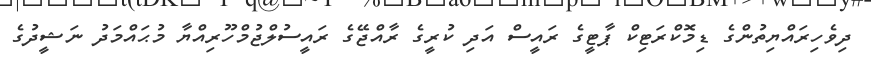
ދިވެހިރައްޔިތުންގެ ޑިމޮކްރަޓިކް ޕާޓީގެ ރައީސް އަދި ކުރީގެ ރާއްޖޭގެ ރައީސުލްޖުމްހޫރިއްޔާ މުޙައްމަދު ނަޝީދުގެ